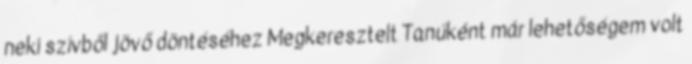
neki szívből jövő döntéséhez Megkeresztelt Tanúként már lehetőségem volt